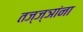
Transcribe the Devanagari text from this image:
तज्‍ज्ञांना